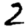
Digit: 2